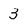
Character: 3